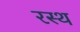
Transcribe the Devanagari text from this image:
रस्थ